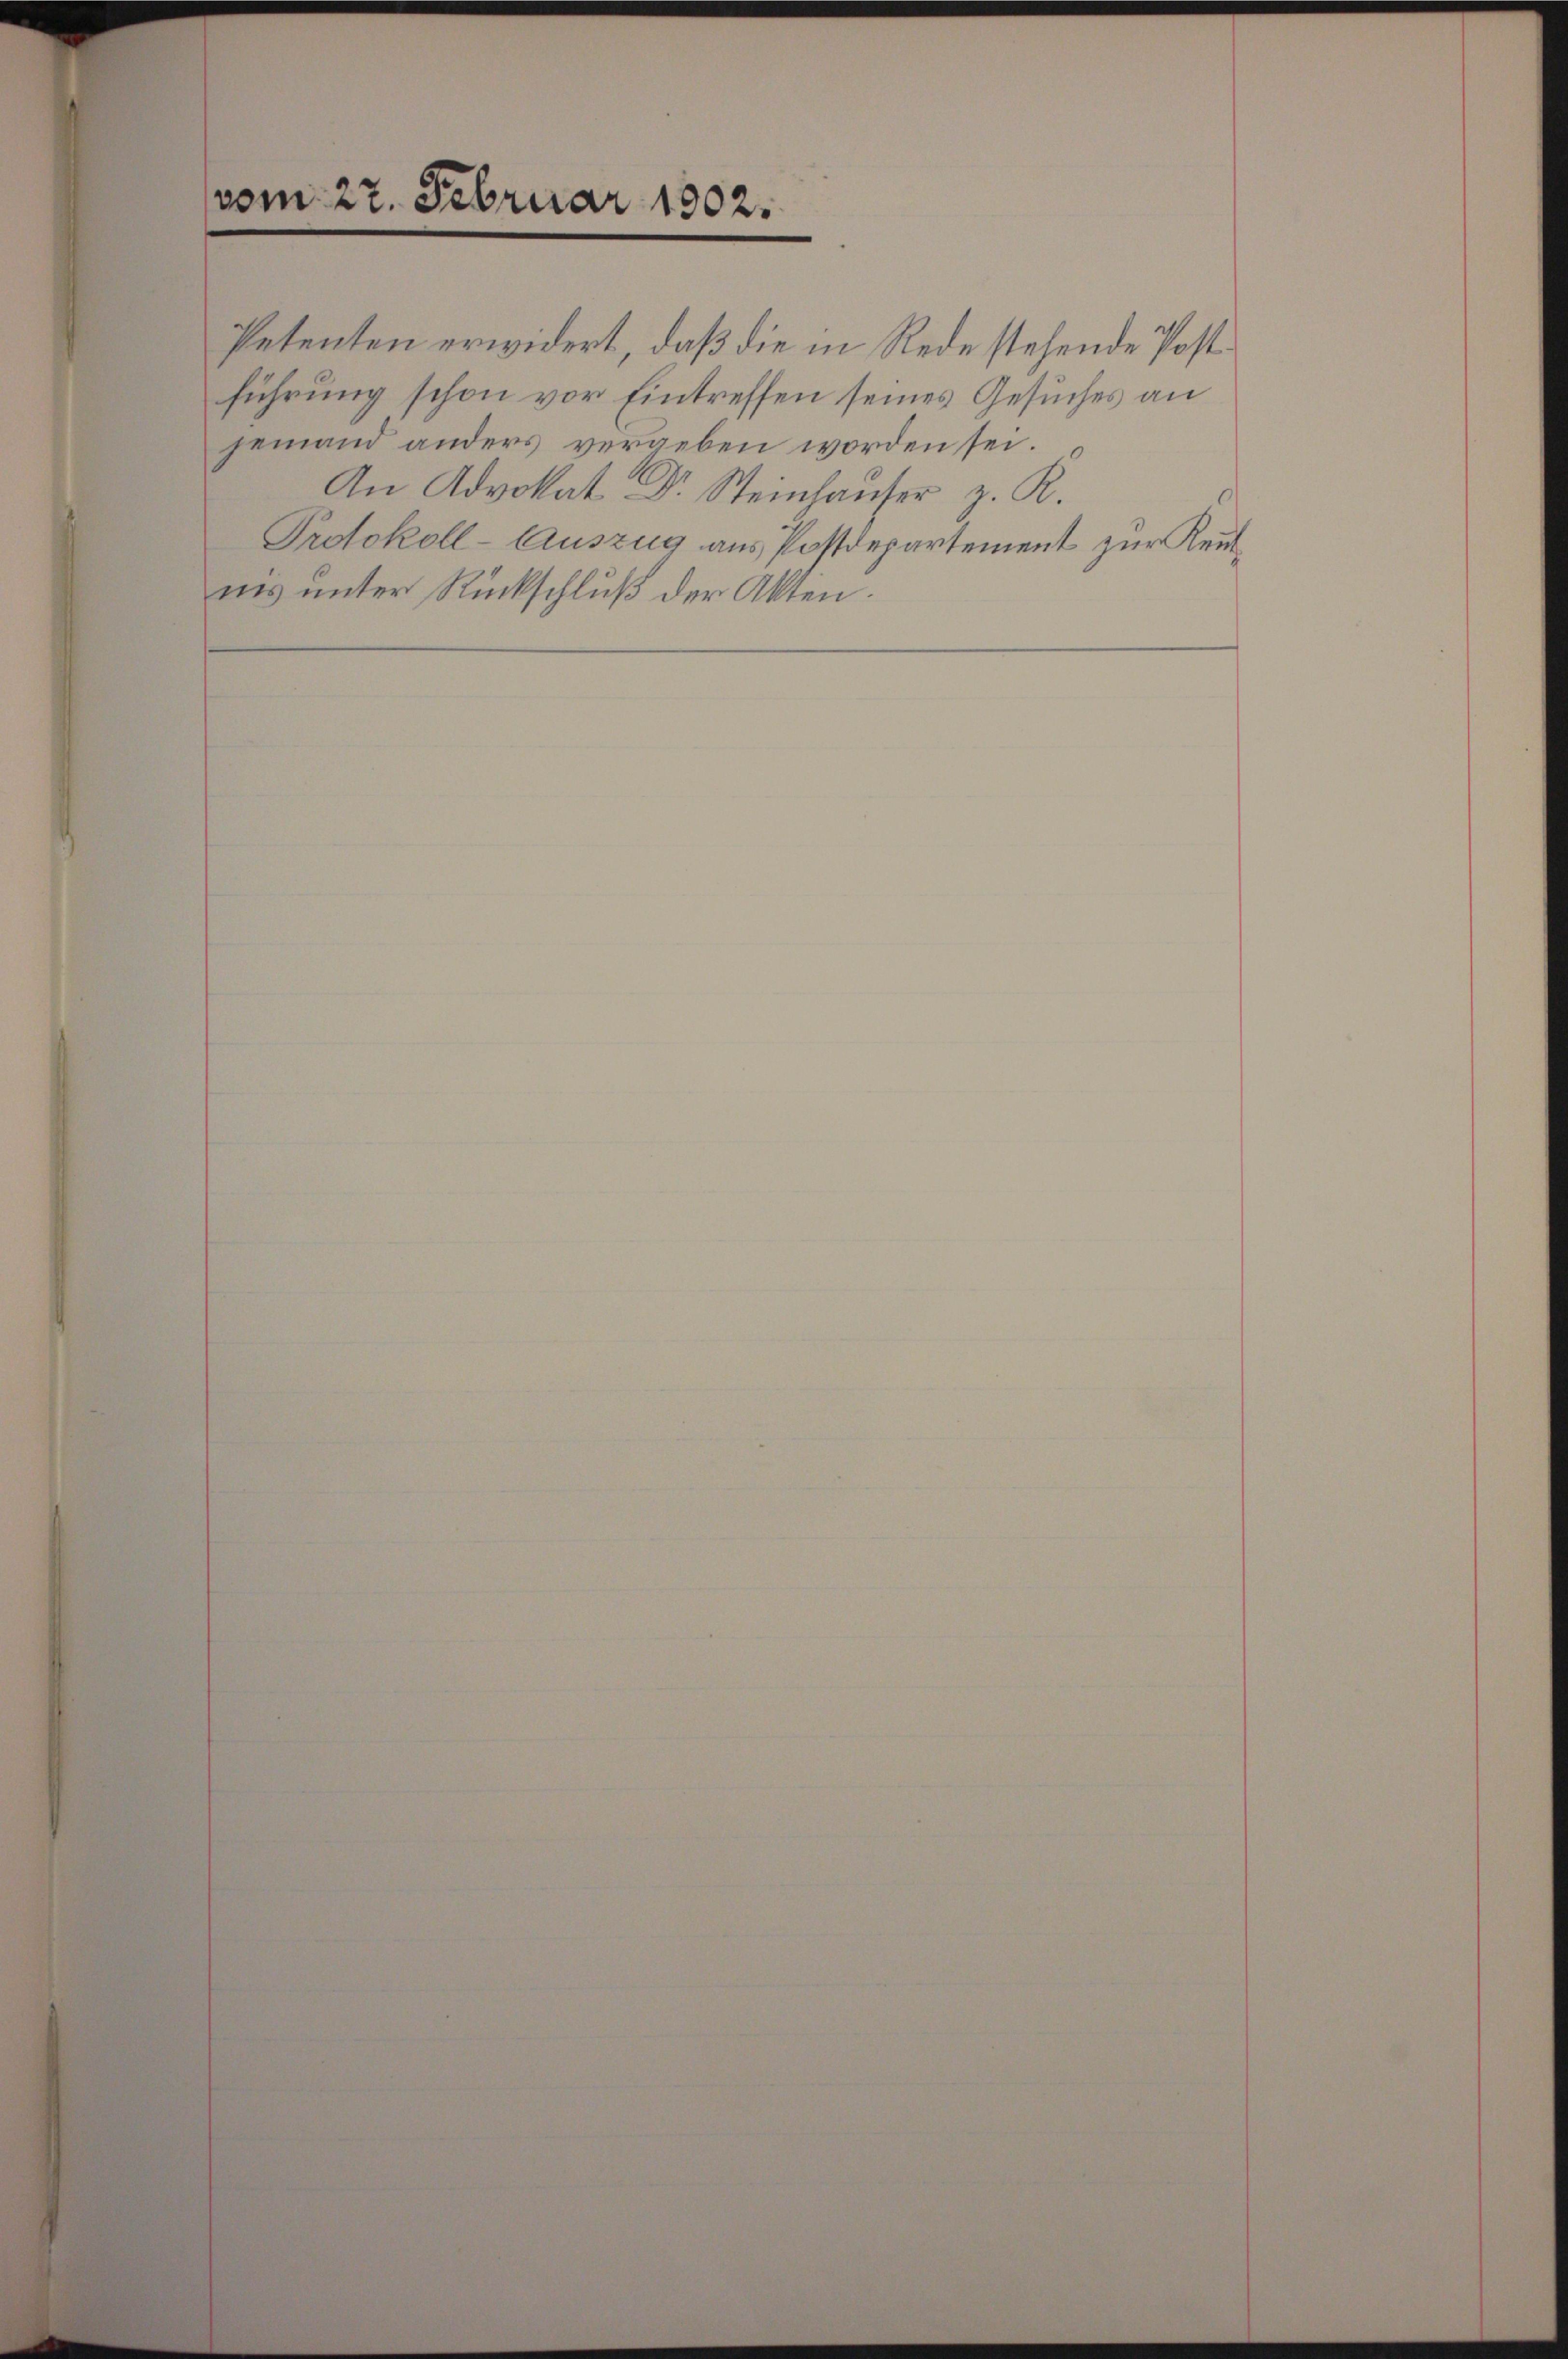
vom 27. Februar 1802.

Petenten erwidert, daß die in Rede stehende Postführung schon vor Eintreffen seines Gesuches an
jemand anders vergeben worden sei.
An Advokat Dr. Steinhauser z. R.
Protokoll-Auszug aus Postdepartement zur Keutins unter Rückschluß der Akten.